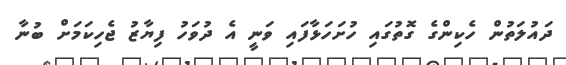
ދައުލަތުން ހެކިންގެ ގޮތުގައި ހުށަހަޅާފައި ވަނީ އެ ދުވަހު ފިޔާޒު ޖެހިކަމަށް ބުނާ